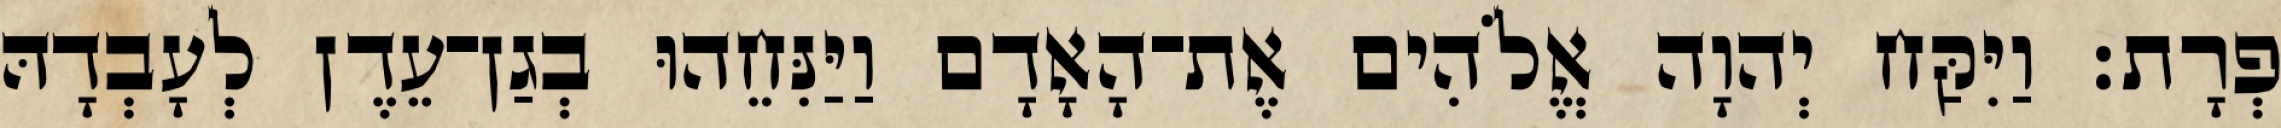
פְרָת׃ וַיִּקַּח יְהוָה אֱלֹהִים אֶת־הָאָדָם וַיַּנִּחֵהוּ בְגַן־עֵדֶן לְעָבְדָהּ